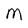
Character: M